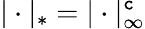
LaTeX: |\cdot|_{*}=|\cdot|_{\infty}^{\mathtt{c}}